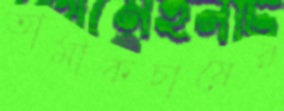
তামাকচাষের